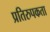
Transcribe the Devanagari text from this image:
प्रतिरुपकता